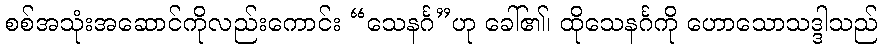
စစ်အသုံးအဆောင်ကိုလည်းကောင်း “သေနင်္ဂ”ဟု ခေါ်၏၊ ထိုသေနင်္ဂကို ဟောသောသဒ္ဒါသည်